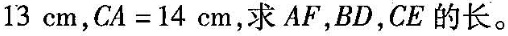
1 3 c m$$，$$C A = 1 4 c m$$，求AF，BD，CE的长。